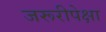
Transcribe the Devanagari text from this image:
जरूरीपेक्षा